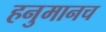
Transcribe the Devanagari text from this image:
हनुमानच